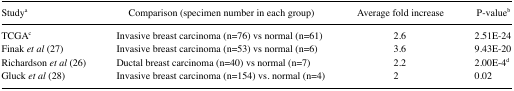
| Studya | Comparison (specimen number in each group) | Average fold increase | P-valueb |
 | --- | --- | --- | --- |
 | TCGAc | Invasive breast carcinoma (n=76) vs normal (n=61) | 2.6 | 2.51E-24 |
 | Finak et al (27) | Invasive breast carcinoma (n=53) vs normal (n=6) | 3.6 | 9.43E-20 |
 | Richardson et al (26) | Ductal breast carcinoma (n=40) vs normal (n=7) | 2.2 | 2.00E-4d |
 | Gluck et al (28) | Invasive breast carcinoma (n=154) vs. normal (n=4) | 2 | 0.02 |